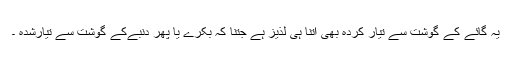
یہ گائے کے گوشت سے تیار کردہ بھی اُتنا ہی لذیز ہے جِتنا کہ بکرے یا پھر دُنبےکے گوشت سے تیارشدہ ۔